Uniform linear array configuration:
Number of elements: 16
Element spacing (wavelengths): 0.25
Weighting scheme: kaiser
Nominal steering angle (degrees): -45
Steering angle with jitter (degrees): -43.236
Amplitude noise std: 0.05
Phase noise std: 0.05

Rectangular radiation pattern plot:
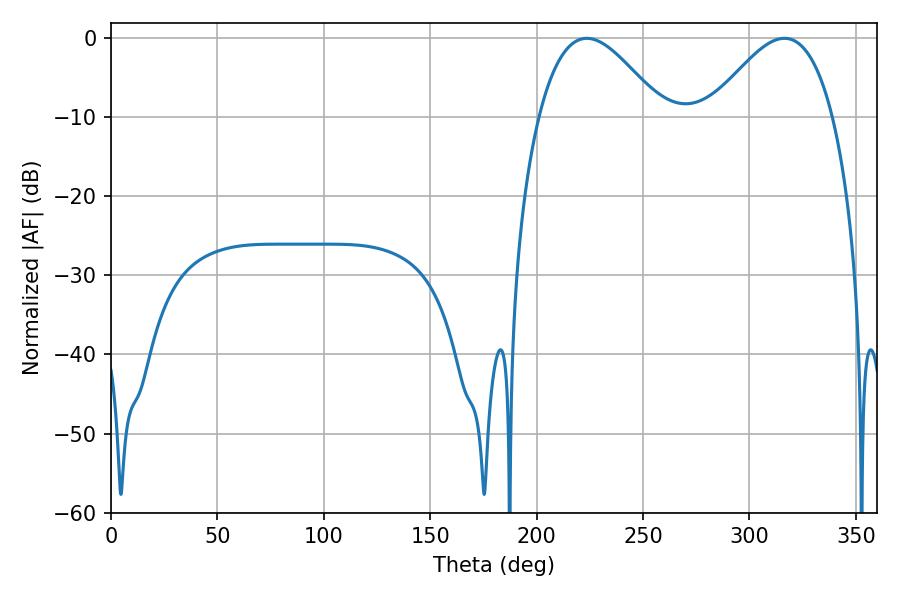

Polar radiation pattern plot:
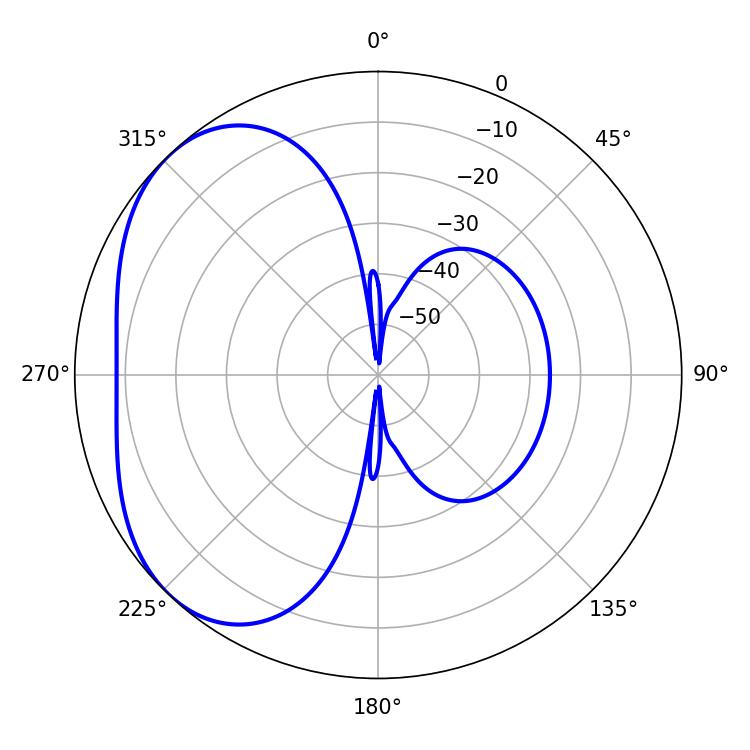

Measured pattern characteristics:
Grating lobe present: FALSE
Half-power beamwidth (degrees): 31.14
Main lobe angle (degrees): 223.56